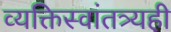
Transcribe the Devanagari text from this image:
व्यक्तिस्वांतत्र्यही